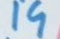
19